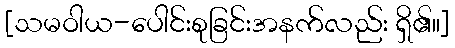
[သမဝါယ-ပေါင်းစုခြင်းအနက်လည်း ရှိ၏။]